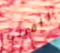
راقبني